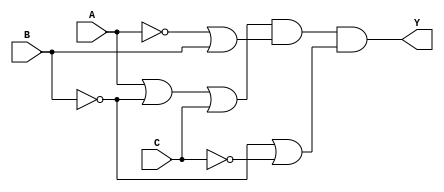
module pos_simplification (
    input wire A,       // Input variable A
    input wire B,       // Input variable B
    input wire C,       // Input variable C
    output wire Y       // Output of the POS expression
);

// Intermediate wires for sum terms
wire sum1, sum2, sum3;

// Define the sum terms using OR gates
assign sum1 = A | (~B) | C;  // First sum term: A + B' + C
assign sum2 = (~A) | B;      // Second sum term: A' + B
assign sum3 = (~B) | (~C);    // Third sum term: B' + C'

// Final output Y is the AND of the sum terms
assign Y = sum1 & sum2 & sum3; // Y = (A + B' + C) * (A' + B) * (B' + C')

endmodule